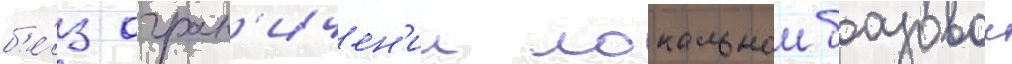
б'е́з огран'ичен'ии локальнои базовои